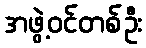
အဖွဲ့ဝင်တစ်ဦး